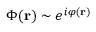
\Phi ( \mathbf { r } ) \sim e ^ { i \varphi ( \mathbf { r } ) }